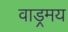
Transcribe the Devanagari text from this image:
वाड्रमय